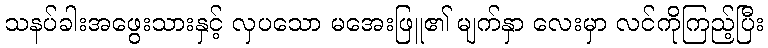
သနပ်ခါးအဖွေးသားနှင့် လှပသော မအေးဖြူ၏ မျက်နှာ လေးမှာ လင်ကိုကြည့်ပြီး